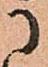
に